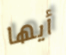
أيها